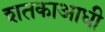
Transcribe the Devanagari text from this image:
शतकाआधी